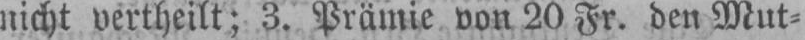
nicht vertheilt; 3. Prämie von 20 Fr. den Mut⸗